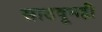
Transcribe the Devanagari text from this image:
साठवूनही